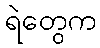
ရဲတွေက